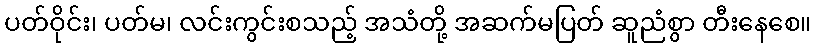
ပတ်ဝိုင်း၊ ပတ်မ၊ လင်းကွင်းစသည့် အသံတို့ အဆက်မပြတ် ဆူညံစွာ တီးနေစေ။